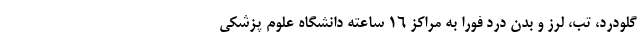
گلودرد، تب، لرز و بدن درد فورا به مراکز ۱۶ ساعته دانشگاه علوم پزشکی